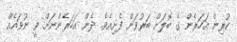
ކުރިން އަހަރެން ގެ ބޮލަށް ބަރުވަން ފެށިއެވެ. ދެން އަހަރެންނަށް ވީ ނުވައެއް